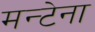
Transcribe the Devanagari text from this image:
मन्टेना